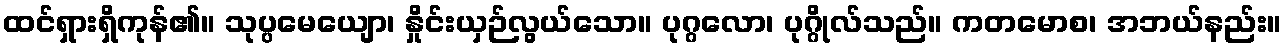
ထင်ရှားရှိကုန်၏။ သုပ္ပမေယျော၊ နှိုင်းယှဉ်လွယ်သော။ ပုဂ္ဂလော၊ ပုဂ္ဂိုလ်သည်။ ကတမောစ၊ အဘယ်နည်း။